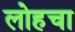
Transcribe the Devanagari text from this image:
लोहचा